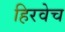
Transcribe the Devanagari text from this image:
हिरवेच